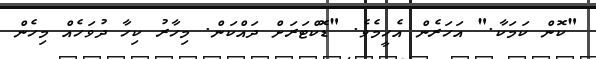
"ކޮން ކަމަކާ." އަހަރެން އެހީމެވެ. "ޑޮކްޓަރަށް ދައްކަން. މިހާރު ކިހާ ދުވަހެއް މިހެން